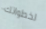
لخطواتك